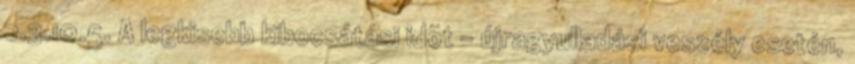
2.3.10.5. A legkisebb kibocsátási idõt - újragyulladási veszély esetén,